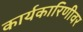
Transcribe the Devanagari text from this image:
कार्यकारिणीवर